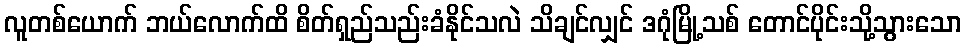
လူတစ်ယောက် ဘယ်လောက်ထိ စိတ်ရှည်သည်းခံနိုင်သလဲ သိချင်လျှင် ဒဂုံမြို့သစ် တောင်ပိုင်းသို့သွားသော